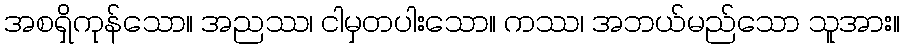
အစရှိကုန်သော။ အညဿ၊ ငါမှတပါးသော။ ကဿ၊ အဘယ်မည်သော သူအား။